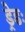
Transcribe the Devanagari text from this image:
ड्रेडः